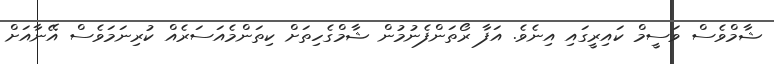
ޝާމްވެސް ވަސީމް ކައިރީގައި އިނެވެ. އަފާ ރޯތަންފެނުމުން ޝާމްގެހިތަށް ކިތަންމެއަސަރެއް ކުރިނަމަވެސް އޭނާއަށް